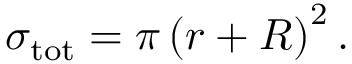
\sigma _ { \mathrm { t o t } } = \pi \left( r + R \right) ^ { 2 } .